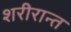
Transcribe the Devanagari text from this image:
शरीरान्त